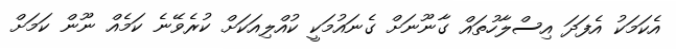
އެކަމަކު އެފަދަ އިސްލާހުތައް ގާނޫނަށް ގެނައުމަކީ ކުއްލިއަކަށް ކުރެވޭނެ ކަމެއް ނޫން ކަމަށް